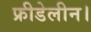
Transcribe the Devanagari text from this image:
फ्रीडेलीन।